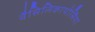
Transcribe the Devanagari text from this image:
वैसिलिकापोर्सिया